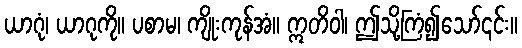
ယာဂုံ၊ ယာဂုကို။ ပစာမ၊ ကျိုးကုန်အံ။ ဣတိဝါ၊ ဤသို့ကြံ၍သော်၎င်း။